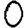
Digit: 0